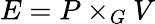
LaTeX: E=P\times_{G}V